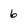
Character: 6